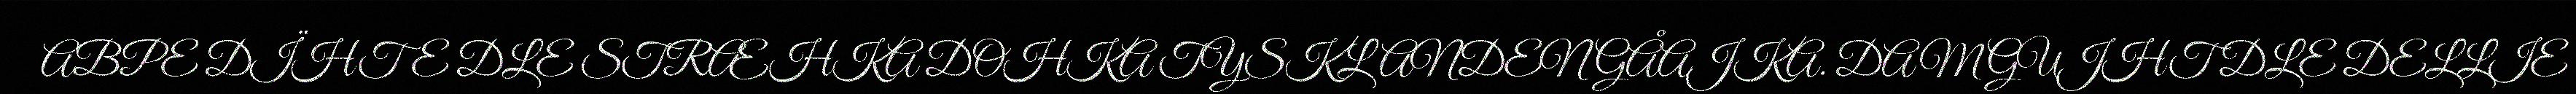
ABPE DÏHTE DLE STRÆHKA DOHKA TYSKLANDEN GÅAJKA. DAM GUJHT DLE DELLIE